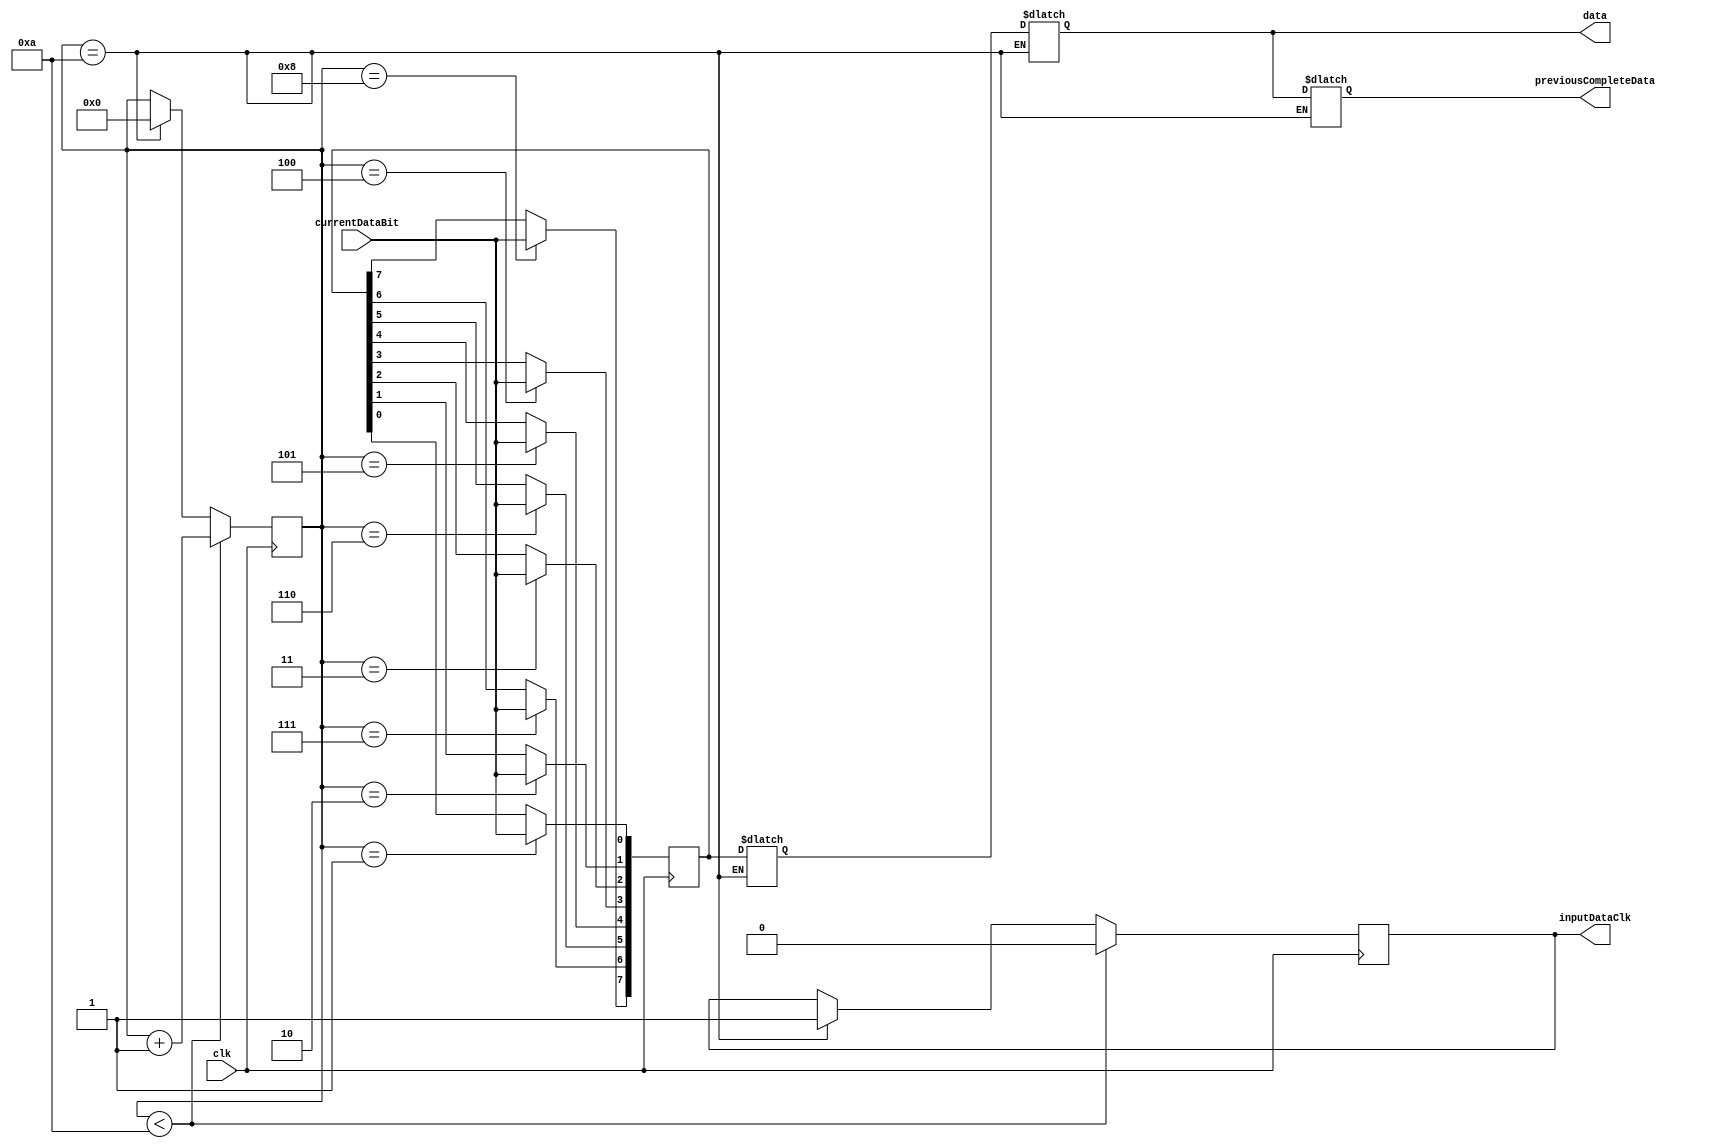
/*
	Simple PS2Handler. It ignores the parity and stop bit. Does stoer the previous complete data, but did not use it because
	we decided against storing that in the top 8 MSB of the 16 bit memory, instead just padding it with 0's. 
*/
module PS2Handler(input clk, input currentDataBit, output reg [7:0]previousCompleteData, output reg [7:0]data, output reg inputDataClk);

reg [3:0] count; 
reg [7:0] currentData;
reg[7:0] previousData;

initial begin 
currentData = 8'h00;
previousData = 8'h00;
count = 4'h0; 
end


always@ (negedge clk)
begin
	case(count)
	0: ;//start bit
	1: currentData[0] <= currentDataBit;
	2: currentData[1] <= currentDataBit;
	3: currentData[2] <= currentDataBit;
	4: currentData[3] <= currentDataBit;
	5: currentData[4] <= currentDataBit;
	6: currentData[5] <= currentDataBit;
	7: currentData[6] <= currentDataBit;
	8: currentData[7] <= currentDataBit;
	9: ;//parity bit
	10: ;//end bit
	endcase
	//increment count
	if(count < 4'd10)
	begin
		count <= count + 1'b1;
		inputDataClk <= 0;
	end
	//restart count 
	else if( count == 4'd10)
	begin
		count <= 0;
		inputDataClk <= 1;
	end
end




always@(*)
begin
//if we are at end, set the data 
if(count == 4'd10)
	begin
		previousCompleteData = data;
		data = previousData;
	end
else
	begin
	//otherwise update the data
		previousData = currentData;
		previousCompleteData = previousCompleteData;
	end
end
endmodule